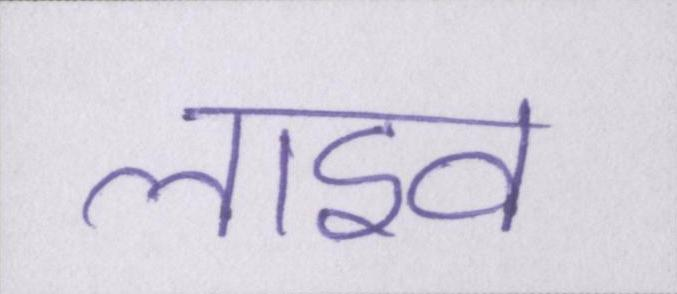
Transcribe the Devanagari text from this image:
लाइव